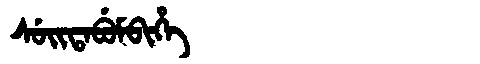
Manchu: ᠰᡠᡳᡨᠠᠪᡠᠮᠪᡳᡥᡝ
Romanization: SUITABUMBIHE